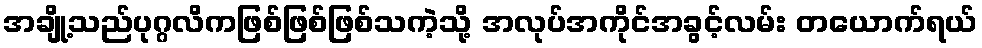
အချို့သည်ပုဂ္ဂလိကဖြစ်ဖြစ်ဖြစ်သကဲ့သို့ အလုပ်အကိုင်အခွင့်လမ်း တယောက်ရယ်